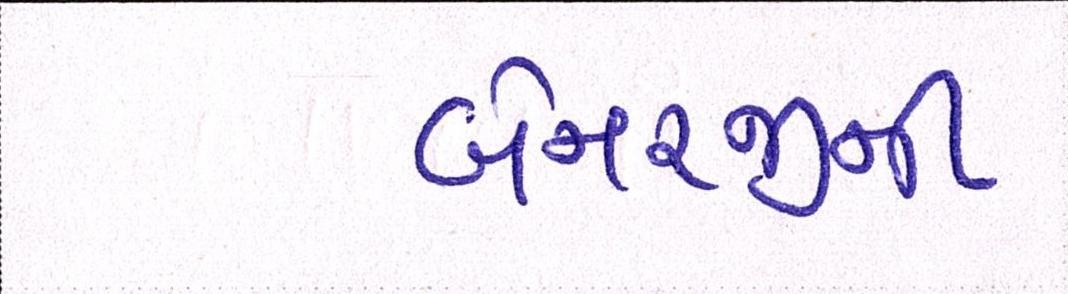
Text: બેનરજીની